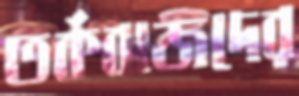
তর্কবাজদের